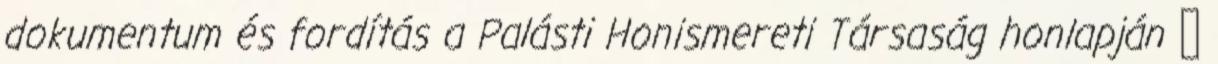
dokumentum és fordítás a Palásti Honismereti Társaság honlapján ↑